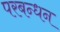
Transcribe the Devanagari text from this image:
परबन्धन